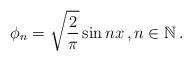
LaTeX: \begin{align*}\phi_n=\sqrt{\frac{2}{\pi}}\sin nx\,,n\in \mathbb{N}\,.\end{align*}